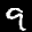
Label: 9